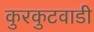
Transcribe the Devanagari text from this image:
कुरकुटवाडी